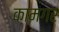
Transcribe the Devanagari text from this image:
कामगर